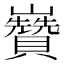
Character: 𡿍